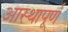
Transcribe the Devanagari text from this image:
आस्थापूर्ण